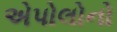
એપોલોનો